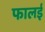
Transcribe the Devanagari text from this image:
फालई